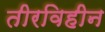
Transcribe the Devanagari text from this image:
तीरविहीन